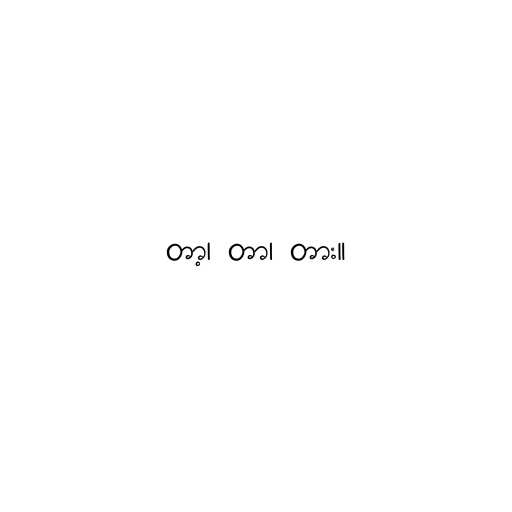
တာ့၊ တာ၊ တား။